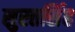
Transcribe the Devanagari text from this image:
सुरतसिंह